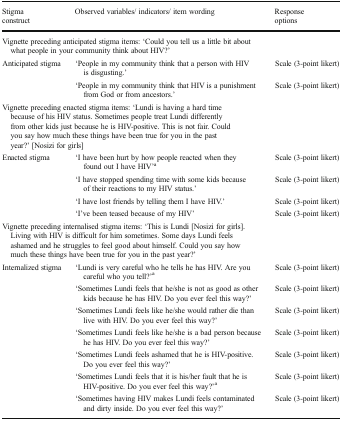
| Stigma construct | Observed variables/ indicators/ item wording | Response options |
 | --- | --- | --- |
 | <COLSPAN=3> Vignette preceding anticipated stigma items: ‘Could you tell us a little bit about what people in your community think about HIV?’ |
 | <ROWSPAN=2> Anticipated stigma | ‘People in my community think that a person with HIV is disgusting.’ | Scale (3-point likert) |
 | ‘People in my community think that HIV is a punishment from God or from ancestors.’ | Scale (3-point likert) |
 | <COLSPAN=3> Vignette preceding enacted stigma items: ‘Lundi is having a hard time because of his HIV status. Sometimes people treat Lundi differently from other kids just because he is HIV-positive. This is not fair. Could you say how much these things have been true for you in the past year?’ [Nosizi for girls] |
 | <ROWSPAN=4> Enacted stigma | ‘I have been hurt by how people reacted when they found out I have HIV’a | Scale (3-point likert) |
 | ‘I have stopped spending time with some kids because of their reactions to my HIV status.’ | Scale (3-point likert) |
 | ‘I have lost friends by telling them I have HIV.’ | Scale (3-point likert) |
 | ‘I’ve been teased because of my HIV’ | Scale (3-point likert) |
 | <COLSPAN=3> Vignette preceding internalised stigma items: ‘This is Lundi [Nosizi for girls]. Living with HIV is difficult for him sometimes. Some days Lundi feels ashamed and he struggles to feel good about himself. Could you say how much these things have been true for you in the past year?’ |
 | <ROWSPAN=7> Internalized stigma | ‘Lundi is very careful who he tells he has HIV. Are you careful who you tell?’a | Scale (3-point likert) |
 | ‘Sometimes Lundi feels that he/she is not as good as other kids because he has HIV. Do you ever feel this way?’ | Scale (3-point likert) |
 | ‘Sometimes Lundi feels like he/she would rather die than live with HIV. Do you ever feel this way?’ | Scale (3-point likert) |
 | ‘Sometimes Lundi feels like he/she is a bad person because he has HIV. Do you ever feel this way?’ | Scale (3-point likert) |
 | ‘Sometimes Lundi feels ashamed that he is HIV-positive. Do you ever feel this way?’ | Scale (3-point likert) |
 | ‘Sometimes Lundi feels that it is his/her fault that he is HIV-positive. Do you ever feel this way?’a | Scale (3-point likert) |
 | ‘Sometimes having HIV makes Lundi feels contaminated and dirty inside. Do you ever feel this way?’ | Scale (3-point likert) |